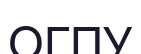
ОГПУ